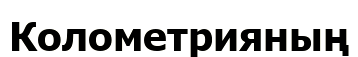
Колометрияның